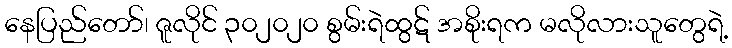
နေပြည်တော်၊ ဇူလိုင် ၃၀၂၀၂၀ စွမ်းရဲထွဋ် အစိုးရက မလိုလားသူတွေရဲ့